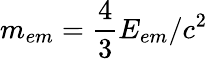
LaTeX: m_{em}={\frac{4}{3}}E_{em}/c^{2}